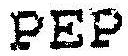
PEP